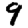
Digit: 9